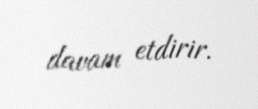
davam etdirir.